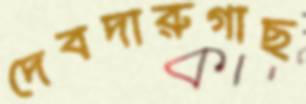
দেবদারুগাছ